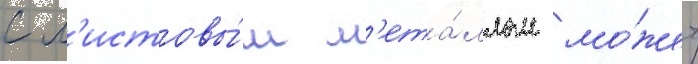
с л'истовы́м м'ета́ллом мо́жет